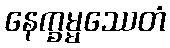
နေက္ခမ္မဿေတံ